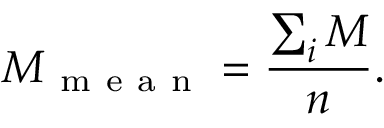
M _ { \mathrm { ~ m ~ e ~ a ~ n ~ } } = \frac { \sum _ { i } M } { n } .